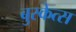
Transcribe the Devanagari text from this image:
बुस्केत्स